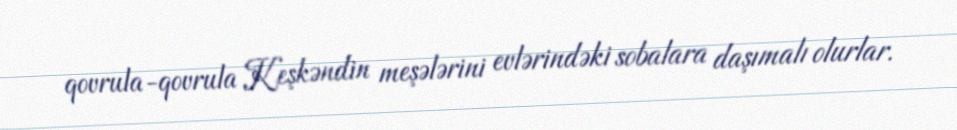
qovrula-qovrula Keşkəndin meşələrini evlərindəki sobalara daşımalı olurlar.